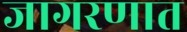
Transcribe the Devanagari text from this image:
जागरणात